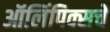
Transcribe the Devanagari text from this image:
ऑलिंपिक्सचे